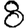
Digit: 8